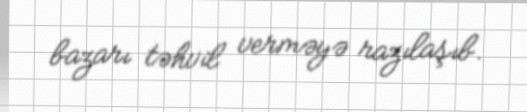
bazarı təhvil verməyə razılaşıb.